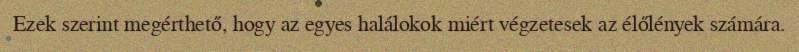
Ezek szerint megérthető, hogy az egyes halálokok miért végzetesek az élőlények számára.